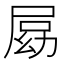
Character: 𡲍